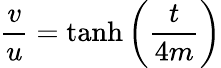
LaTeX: \frac{v}{u}=\operatorname{tanh}\left(\frac{t}{4m}\right)